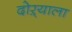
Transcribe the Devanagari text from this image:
दोऱ्याला